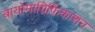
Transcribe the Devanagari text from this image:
बायोमाग्निफिकाशन